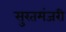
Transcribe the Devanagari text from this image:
सुरतमंजरी